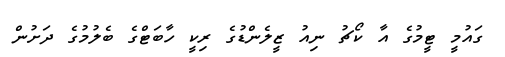
ގައުމީ ޓީމުގެ އާ ކޯޗު ނިއު ޒީލެންޑުގެ ރިކީ ހާބަޓްގެ ބެލުމުގެ ދަށުން